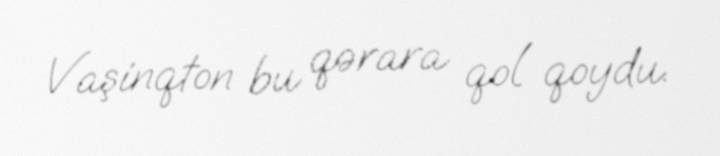
Vaşinqton bu qərara qol qoydu.